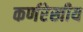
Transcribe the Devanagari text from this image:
कर्णरेखीय